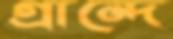
গ্রান্দে